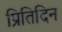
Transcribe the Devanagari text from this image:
प्रितिदिन